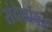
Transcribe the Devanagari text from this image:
संदेशांवर